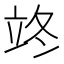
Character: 𮵦